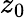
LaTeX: z_{0}